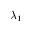
\lambda _ { 1 }